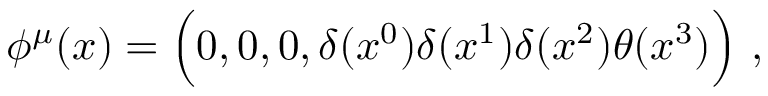
\phi ^ { \mu } ( x ) = \Bigl ( 0 , 0 , 0 , \delta ( x ^ { 0 } ) \delta ( x ^ { 1 } ) \delta ( x ^ { 2 } ) \theta ( x ^ { 3 } ) \Bigr ) \ ,